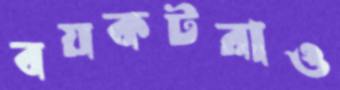
বয়কটরাও